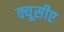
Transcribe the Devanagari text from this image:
क्यूसीए